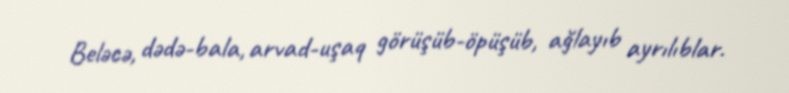
Beləcə, dədə-bala, arvad-uşaq görüşüb-öpüşüb, ağlayıb ayrılıblar.